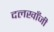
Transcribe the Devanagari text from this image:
दलखाँजी